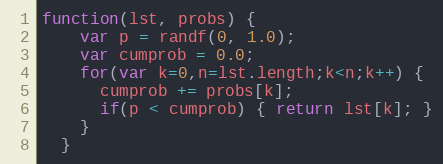
Language: JavaScript
function(lst, probs) {
    var p = randf(0, 1.0);
    var cumprob = 0.0;
    for(var k=0,n=lst.length;k<n;k++) {
      cumprob += probs[k];
      if(p < cumprob) { return lst[k]; }
    }
  }